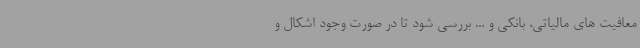
معافیت های مالیاتی، بانکی و ... بررسی شود تا در صورت وجود اشکال و